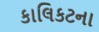
કાલિકટના